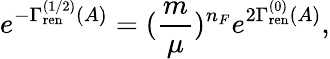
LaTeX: e^{-\Gamma_{\mathrm{ren}}^{(1/2)}(A)}=({\frac{m}{\mu}})^{n_{F}}e^{2\Gamma_{\mathrm{ren}}^{(0)}(A)},